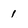
Character: 1